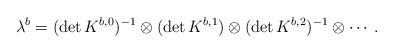
LaTeX: \begin{align*}\lambda^b=(\det K^{b,0})^{-1}\otimes (\det K^{b,1})\otimes (\det K^{b,2})^{-1}\otimes\cdots.\end{align*}